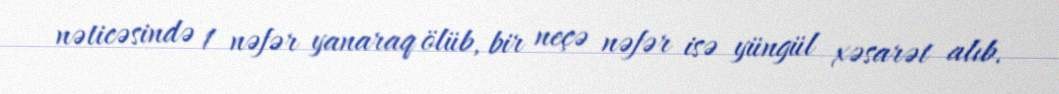
nəticəsində 1 nəfər yanaraq ölüb, bir neçə nəfər isə yüngül xəsarət alıb.